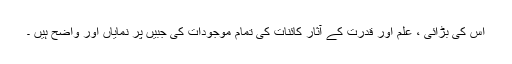
اس کی بڑائی ، علم اور قدرت کے آثار کائنات کی تمام موجودات کی جبیں پر نمایاں اور واضح ہیں ۔